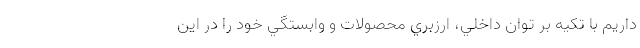
داريم با تكيه بر توان داخلي، ارزبري محصولات و وابستگي خود را در اين